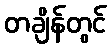
တချိန်တွင်